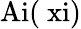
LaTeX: \mathrm{Ai(\ xi)}